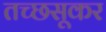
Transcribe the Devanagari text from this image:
तच्छसूकर